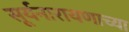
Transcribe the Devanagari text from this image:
सूर्यनारायणाच्या